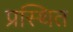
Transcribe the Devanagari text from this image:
प्रस्थित